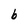
Character: b